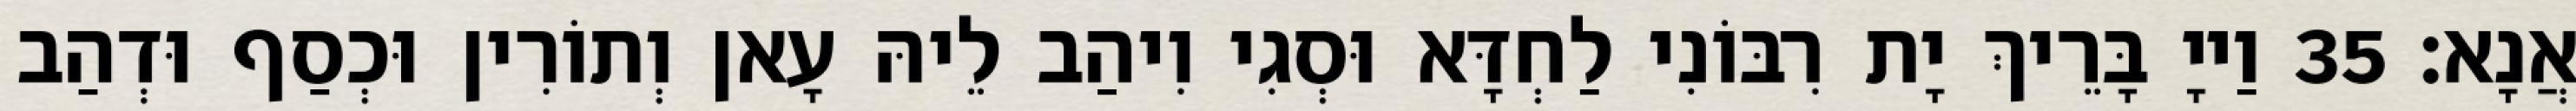
אֲנָא׃ 35 וַייָ בָּרֵיךְ יָת רִבּוֹנִי לַחְדָּא וּסְגִי וִיהַב לֵיהּ עָאן וְתוֹרִין וּכְסַף וּדְהַב